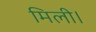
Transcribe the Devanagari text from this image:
मिली।